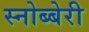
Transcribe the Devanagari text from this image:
स्नोब्बेरी